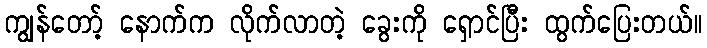
ကျွန်တော့် နောက်က လိုက်လာတဲ့ ခွေးကို ရှောင်ပြီး ထွက်ပြေးတယ်။